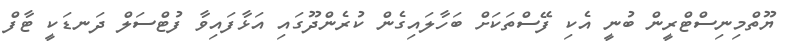
ޔޫތްމިނިސްޓްރީން ބުނީ އެކި ފޭސްތަކަށް ބަހާލައިގެން ކުރެންދޫގައި އަޅާފައިވާ ފުޓްސަލް ދަނޑަކީ ޓާފް